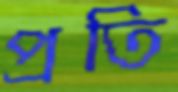
প্রতি